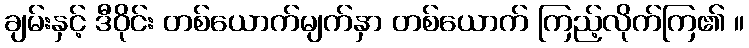
ချမ်းနှင့် ဒီဝိုင်း တစ်ယောက်မျက်နှာ တစ်ယောက် ကြည့်လိုက်ကြ၏ ။